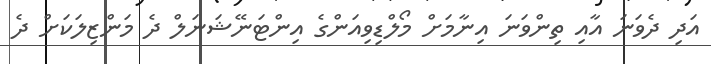
އަދި ދެވަނަ އާއި ތިންވަނަ އިނާމަށް މޯލްޑިވިއަންގެ އިންޓަނޭޝަނަލް ދެ މަންޒިލަކަށް ދެ